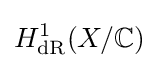
H_{\text{dR}}^{1}(X/\mathbb {C} )